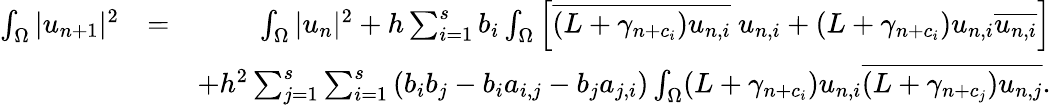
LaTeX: \begin{array}{rlr}{\int_{\Omega}|u_{n+1}|^{2}}&{=}&{\int_{\Omega}|u_{n}|^{2}+h\sum_{i=1}^{s}b_{i}\int_{\Omega}\left[\overline{{(L+\gamma_{n+c_{i}})u_{n,i}}}~u_{n,i}+(L+\gamma_{n+c_{i}})u_{n,i}\overline{{u_{n,i}}}\right]}\\ &{}&{+h^{2}\sum_{j=1}^{s}\sum_{i=1}^{s}\left(b_{i}b_{j}-b_{i}a_{i,j}-b_{j}a_{j,i}\right)\int_{\Omega}(L+\gamma_{n+c_{i}})u_{n,i}\overline{{(L+\gamma_{n+c_{j}})u_{n,j}}}.}\end{array}